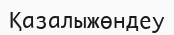
Қазалыжөндеу